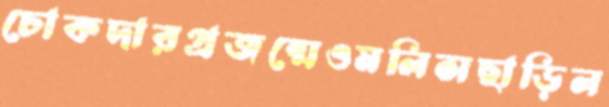
চোকদারপ্রজন্মেওমলিসছাড়িল